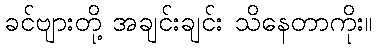
ခင်ဗျားတို့ အချင်းချင်း သိနေတာကိုး။